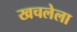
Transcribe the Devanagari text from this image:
खचलेला